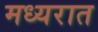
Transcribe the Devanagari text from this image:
मध्यरात